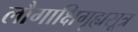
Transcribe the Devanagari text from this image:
लौगाक्षिगृह्यसूत्र